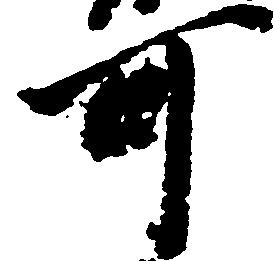
可